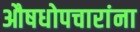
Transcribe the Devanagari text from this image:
औषधोपचारांना